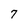
Character: 7